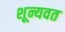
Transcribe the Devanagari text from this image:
शून्यवत